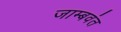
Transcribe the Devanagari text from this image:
जाम्बवंत